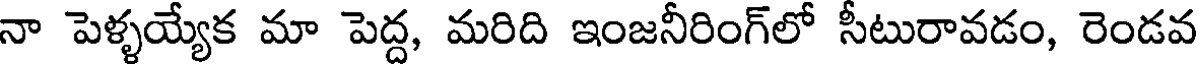
నా పెళ్ళయ్యేక మా పెద్ద, మరిది ఇంజనీరింగ్లో సీటురావడం, రెండవ